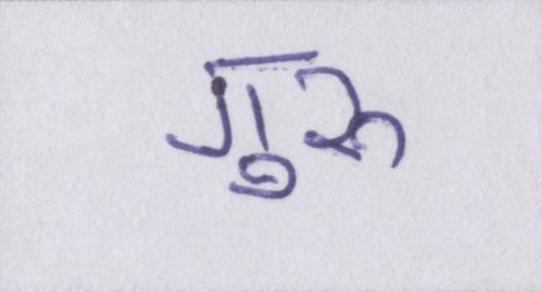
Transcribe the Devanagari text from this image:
गुरुॱ